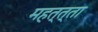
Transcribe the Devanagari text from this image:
महत्त्ता